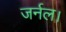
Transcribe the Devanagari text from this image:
जर्नल।